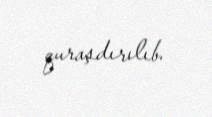
quraşdırılıb.